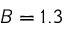
B = 1 . 3